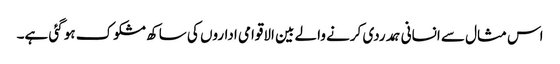
اس مثال سے انسانی ہمدردی کرنے والے بین الاقوامی اداروں کی ساکھ مشکوک ہو گئی ہے۔